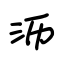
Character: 沥